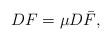
LaTeX: \begin{align*} D F = \mu D \bar F,\end{align*}